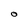
Character: O